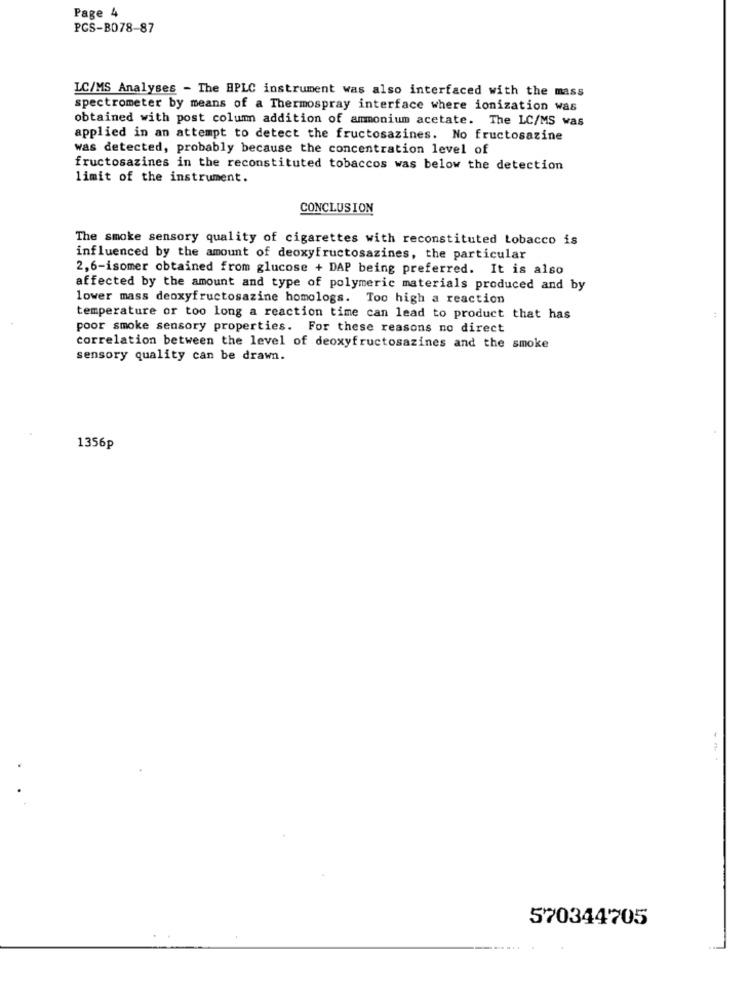
Page 4
PCS-B078-87
LC/MS Analyses - The HPLC instrument was also interfaced with the mass
spectrometer by means of a Thermospray interface where ionization was
obtained with post column addition of ammonium acetate. The LC/MS was
applied in an attempt to detect the fructosazines. No fructosazine
was detected, probably because the concentration level of
fructosazines in the reconstituted tobaccos was below the detection
limit of the instrument.
CONCLUSION
The smoke sensory quality of cigarettes with reconstituted tobacco is
influenced by the amount of deoxyfructosazines, the particular
2,6-isomer obtained from glucose + DAP being preferred. It is also
affected by the amount and type of polymeric materials produced and by
lower mass deoxyfructosazine homologs. Too high a reaction
temperature or too long a reaction time can lead to product that has
poor smoke sensory properties. For these reasons no direct
correlation between the level of deoxyfructosazines and the smoke
sensory quality can be drawn.
1356p
570344705